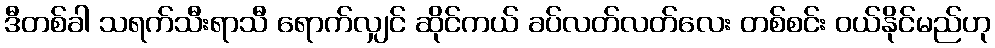
ဒီတစ်ခါ သရက်သီးရာသီ ရောက်လျှင် ဆိုင်ကယ် ခပ်လတ်လတ်လေး တစ်စင်း ဝယ်နိုင်မည်ဟု